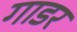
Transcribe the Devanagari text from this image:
गाडर